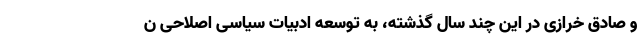
و صادق خرازی در این چند سال گذشته، به توسعه ادبیات سیاسی اصلاحی ن